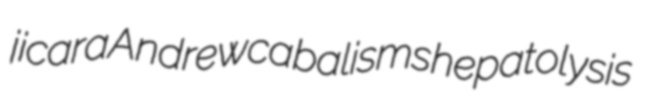
jicara Andrew cabalisms hepatolysis